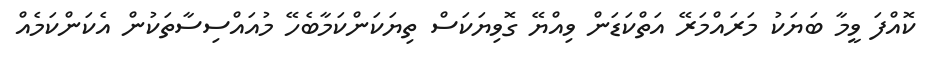
ކޮއްފަ ވީމާ ބަޔަކު މަރައްމަރޭ އަތްކަޑަން ވިއްޔޭ ގޮވިޔަކަސް ތިޔަކަންކަމާބެހޭ މުއައްސިސާތަކުން އެކަންކަމެއް